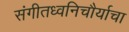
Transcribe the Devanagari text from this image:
संगीतध्वनिचौर्याचा